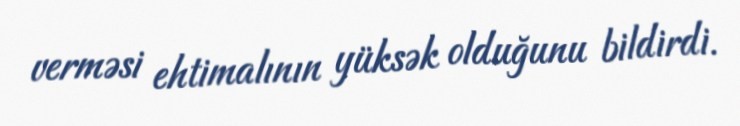
verməsi ehtimalının yüksək olduğunu bildirdi.